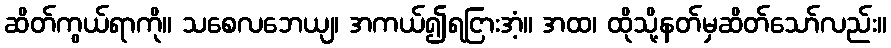
ဆိတ်ကွယ်ရာကို။ သစေလဘေယျ၊ အကယ်၍ရငြားအံ့။ အထ၊ ထိုသို့နတ်မှဆိတ်သော်လည်း။